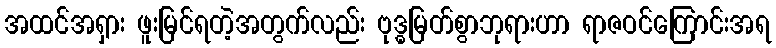
အထင်အရှား ဖူးမြင်ရတဲ့အတွက်လည်း ဗုဒ္ဓမြတ်စွာဘုရားဟာ ရာဇဝင်ကြောင်းအရ